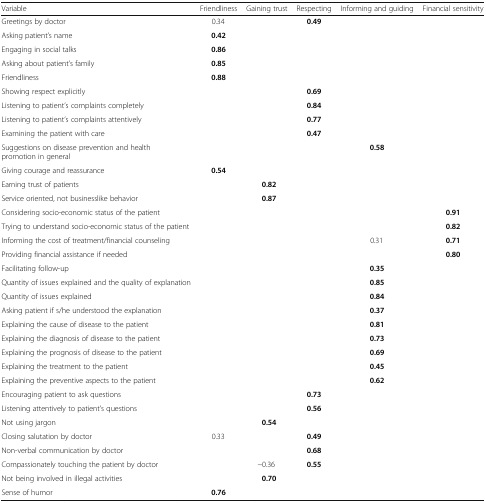
<table><thead><tr><td><b>Variable</b></td><td><b>Friendliness</b></td><td><b>Gaining trust</b></td><td><b>Respecting</b></td><td><b>Informing and guiding</b></td><td><b>Financial sensitivity</b></td></tr></thead><tbody><tr><td>Greetings by doctor</td><td>0.34</td><td></td><td><b>0.49</b></td><td></td><td></td></tr><tr><td>Asking patient’s name</td><td><b>0.42</b></td><td></td><td></td><td></td><td></td></tr><tr><td>Engaging in social talks</td><td><b>0.86</b></td><td></td><td></td><td></td><td></td></tr><tr><td>Asking about patient’s family</td><td><b>0.85</b></td><td></td><td></td><td></td><td></td></tr><tr><td>Friendliness</td><td><b>0.88</b></td><td></td><td></td><td></td><td></td></tr><tr><td>Showing respect explicitly</td><td></td><td></td><td><b>0.69</b></td><td></td><td></td></tr><tr><td>Listening to patient’s complaints completely</td><td></td><td></td><td><b>0.84</b></td><td></td><td></td></tr><tr><td>Listening to patient’s complaints attentively</td><td></td><td></td><td><b>0.77</b></td><td></td><td></td></tr><tr><td>Examining the patient with care</td><td></td><td></td><td><b>0.47</b></td><td></td><td></td></tr><tr><td>Suggestions on disease prevention and health promotion in general</td><td></td><td></td><td></td><td><b>0.58</b></td><td></td></tr><tr><td>Giving courage and reassurance</td><td><b>0.54</b></td><td></td><td></td><td></td><td></td></tr><tr><td>Earning trust of patients</td><td></td><td><b>0.82</b></td><td></td><td></td><td></td></tr><tr><td>Service oriented, not businesslike behavior</td><td></td><td><b>0.87</b></td><td></td><td></td><td></td></tr><tr><td>Considering socio-economic status of the patient</td><td></td><td></td><td></td><td></td><td><b>0.91</b></td></tr><tr><td>Trying to understand socio-economic status of the patient</td><td></td><td></td><td></td><td></td><td><b>0.82</b></td></tr><tr><td>Informing the cost of treatment/financial counseling</td><td></td><td></td><td></td><td>0.31</td><td><b>0.71</b></td></tr><tr><td>Providing financial assistance if needed</td><td></td><td></td><td></td><td></td><td><b>0.80</b></td></tr><tr><td>Facilitating follow-up</td><td></td><td></td><td></td><td><b>0.35</b></td><td></td></tr><tr><td>Quantity of issues explained and the quality of explanation</td><td></td><td></td><td></td><td><b>0.85</b></td><td></td></tr><tr><td>Quantity of issues explained</td><td></td><td></td><td></td><td><b>0.84</b></td><td></td></tr><tr><td>Asking patient if s/he understood the explanation</td><td></td><td></td><td></td><td><b>0.37</b></td><td></td></tr><tr><td>Explaining the cause of disease to the patient</td><td></td><td></td><td></td><td><b>0.81</b></td><td></td></tr><tr><td>Explaining the diagnosis of disease to the patient</td><td></td><td></td><td></td><td><b>0.73</b></td><td></td></tr><tr><td>Explaining the prognosis of disease to the patient</td><td></td><td></td><td></td><td><b>0.69</b></td><td></td></tr><tr><td>Explaining the treatment to the patient</td><td></td><td></td><td></td><td><b>0.45</b></td><td></td></tr><tr><td>Explaining the preventive aspects to the patient</td><td></td><td></td><td></td><td><b>0.62</b></td><td></td></tr><tr><td>Encouraging patient to ask questions</td><td></td><td></td><td><b>0.73</b></td><td></td><td></td></tr><tr><td>Listening attentively to patient’s questions</td><td></td><td></td><td><b>0.56</b></td><td></td><td></td></tr><tr><td>Not using jargon</td><td></td><td><b>0.54</b></td><td></td><td></td><td></td></tr><tr><td>Closing salutation by doctor</td><td>0.33</td><td></td><td><b>0.49</b></td><td></td><td></td></tr><tr><td>Non-verbal communication by doctor</td><td></td><td></td><td><b>0.68</b></td><td></td><td></td></tr><tr><td>Compassionately touching the patient by doctor</td><td></td><td>−0.36</td><td><b>0.55</b></td><td></td><td></td></tr><tr><td>Not being involved in illegal activities</td><td></td><td><b>0.70</b></td><td></td><td></td><td></td></tr><tr><td>Sense of humor</td><td><b>0.76</b></td><td></td><td></td><td></td><td></td></tr></tbody></table>